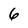
Character: 6